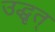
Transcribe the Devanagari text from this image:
उद्धृत्